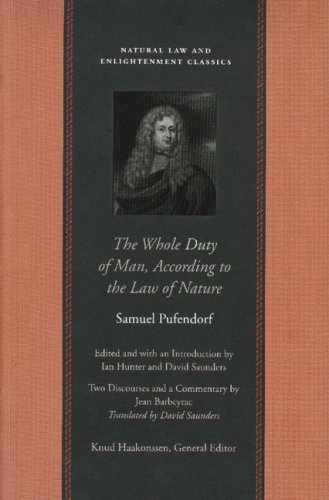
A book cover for Whole Duty of Man, According to the Law of Nature, The (Natural Law Paper); Samuel Pufendorf; Law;